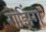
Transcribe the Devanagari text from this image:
गेझिंग